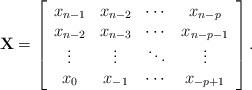
LaTeX: \begin{align*}\mathbf{X} = \left[ \begin{array}{cccc}x_{n-1} & x_{n-2} & \cdots & x_{n-p} \\x_{n-2} & x_{n-3} & \cdots & x_{n-p-1} \\\vdots & \vdots & \ddots & \vdots \\x_{0} & x_{-1} & \cdots & x_{-p+1} \end{array} \right].\end{align*}